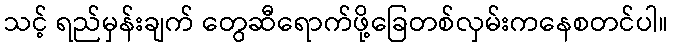
သင့် ရည်မှန်းချက် တွေဆီရောက်ဖို့ခြေတစ်လှမ်းကနေစတင်ပါ။